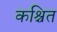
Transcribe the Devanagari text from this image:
कश्चित